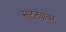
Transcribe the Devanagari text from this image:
सुट्ट्यांवर